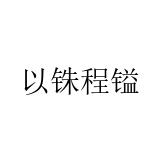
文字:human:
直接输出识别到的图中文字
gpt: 以铢程镒